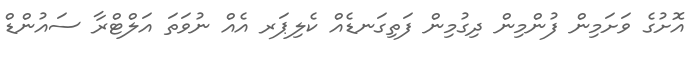
އޮށުގެ ވަށަމިން ފުންމިން ދިގުމިން ފަތިގަނޑެއް ކެލިޕަރ އެއް ނުވަތަ އަލްޓްރާ ސައުންޑް